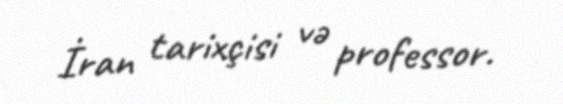
İran tarixçisi və professor.